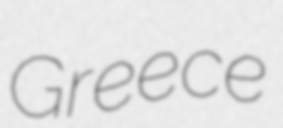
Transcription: Greece